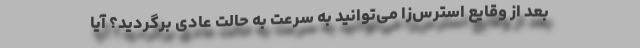
بعد از وقایع استرس‌زا می‌توانید به سرعت به حالت عادی برگردید؟ آیا